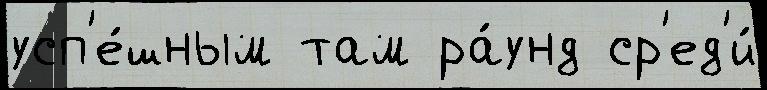
усп'е́шным там ра́унд ср'ед'и́